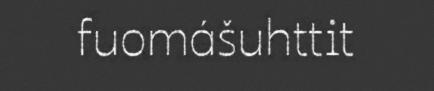
fuomášuhttit